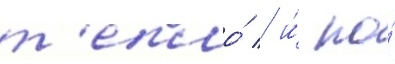
т'епло́ / и́ по́